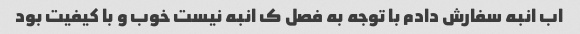
اب انبه سفارش دادم با توجه به فصل ک انبه نیست خوب و با کیفیت بود